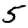
Digit: 5